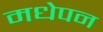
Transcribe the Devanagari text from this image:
मधेपन